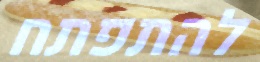
להתפתח